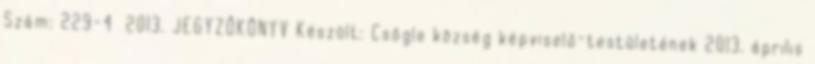
Szám: 229-4 2013. JEGYZŐKÖNYV Készült: Csögle község képviselő-testületének 2013. április